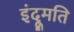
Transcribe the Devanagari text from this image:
इंदूमति